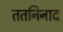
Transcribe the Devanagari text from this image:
ततनिनाद